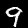
Digit: 9